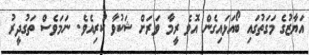
އަޔާޒުގެ މަގަތުގައި ބޯއަޅައިގެން އޮވެ ރީމާ ވަރަށް ޝަކުވާ ކުރިއެވެ. ނަމަވެސް ތަގުދީރު